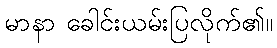
မာနာ ခေါင်းယမ်းပြလိုက်၏။